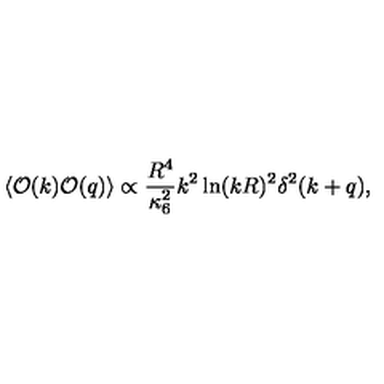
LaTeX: \left< { \cal { O } } ( k ) { \cal { O } } ( q ) \right> \propto \frac { R ^ { 4 } } { \kappa _ { 6 } ^ { 2 } } k ^ { 2 } \ln ( k R ) ^ { 2 } \delta ^ { 2 } ( k + q ) ,